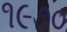
૧૯૭૦